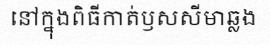
នៅក្នុងពិធីកាត់ឫសសីមាឆ្លង